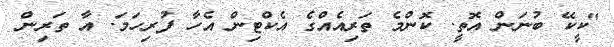
"ކީކޭ ބުނަން އޮތީ. ކޮންމެ ތަރިއެއްގެ އެކްޓިން އެހާ ފުރިހަމަ. އާ ތަރިން